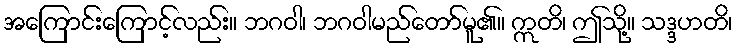
အကြောင်းကြောင့်လည်း။ ဘဂဝါ၊ ဘဂဝါမည်တော်မူ၏။ ဣတိ၊ ဤသို့။ သဒ္ဒဟတိ၊